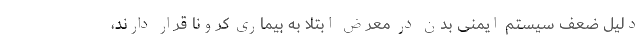
دلیل ضعف سیستم ایمنی بدن در معرض ابتلا به بیماری کرونا قرار دارند،